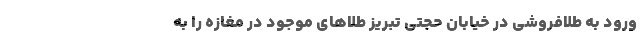
ورود به طلافروشی در خیابان حجتی تبریز طلاهای موجود در مغازه را به